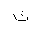
Letter: _tha